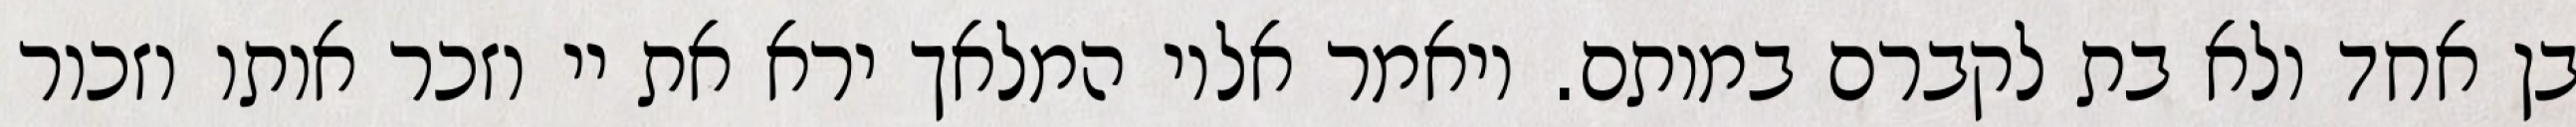
בן אחד ולא בת לקברם במותם. ויאמר אליו המלאך ירא את יי וזכר אותו וזכור